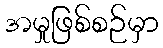
အမှုဖြစ်စဉ်မှာ